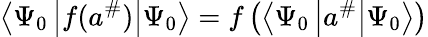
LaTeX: \left\langle\Psi_{0}\left|f(a^{\# })\right|\Psi_{0}\right\rangle=f\left(\left\langle\Psi_{0}\left|a^{\# }\right|\Psi_{0}\right\rangle\right)